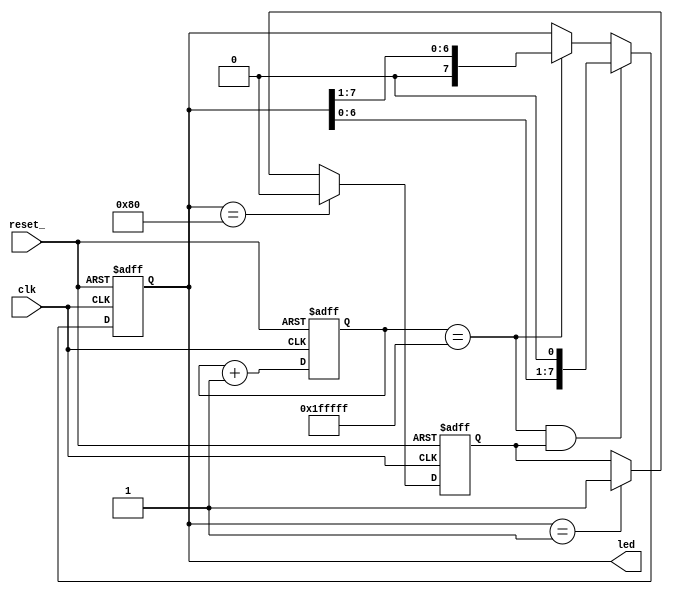
module knightrider (
    clk,
    reset_,
    led);
   input   clk;
   input   reset_;
   output  [7:0] led;
   reg [20:0] count;
   reg [7:0]  led;
   reg         left_shift;
   assign shift = count == 21'h1FFFFF;
   always@ (posedge clk or negedge reset_)
     if (!reset_)
       count <= 21'h0;
     else
       count <= count + 1;
   always@ (posedge clk or negedge reset_)
     if (!reset_)
       led[7:0] <= 8'b1000_0000;
     else if (shift && left_shift)    
       led[7:0] <= led[7:0] << 1;
     else if (shift)                  
       led[7:0] <= led[7:0] >> 1;
   always@ (posedge clk or negedge reset_)
     if (!reset_)
       left_shift <= 1'b0;
     else if (led[7:0] == 8'b1000_0000)
       left_shift <= 1'b0;
     else if (led[7:0] == 8'b0000_0001)
       left_shift <= 1'b1;
endmodule